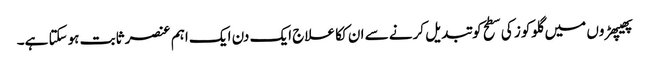
پھیپھڑوں میں گلوکوز کی سطح کو تبدیل کرنے سے ان ککا علاج ایک دن ایک اہم عنصر ثابت ہوسکتا ہے۔